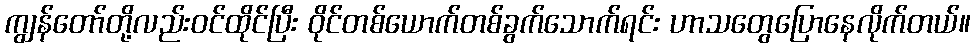
ကျွန်တော်တို့လည်းဝင်ထိုင်ပြီး ဝိုင်တစ်ယောက်တစ်ခွက်သောက်ရင်း ဟာသတွေပြောနေလိုက်တယ်။